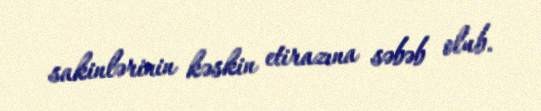
sakinlərinin kəskin etirazına səbəb olub.